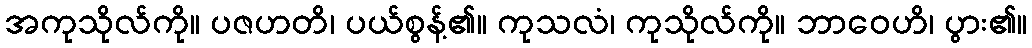
အကုသိုလ်ကို။ ပဇဟတိ၊ ပယ်စွန့်၏။ ကုသလံ၊ ကုသိုလ်ကို။ ဘာဝေဟိ၊ ပွား၏။